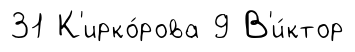
31 К'ирко́рова 9 В'и́ктор